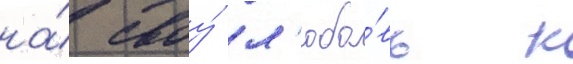
на́ своу́ л'юбо́вь к